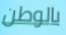
بالوطن